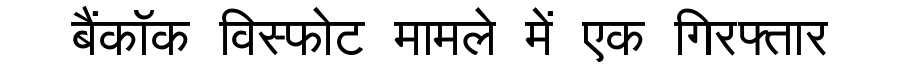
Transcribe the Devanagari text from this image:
बैंकॉक विस्फोट मामले में एक गिरफ्तार